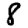
Digit: 8